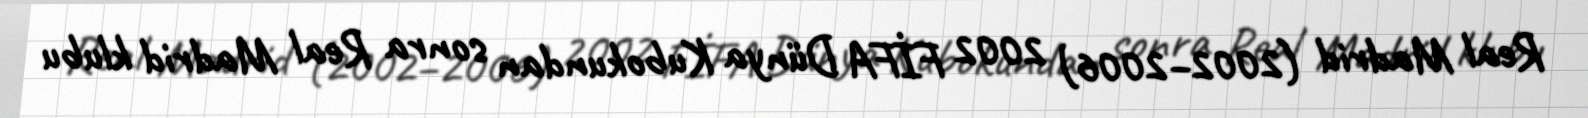
Real Madrid (2002–2006) 2002 FİFA Dünya Kubokundan sonra Real Madrid klubu